Account of plague administration in the Bombay Presidency from September 1896 till May 1897
Year: 1896
Disease focus: Plague
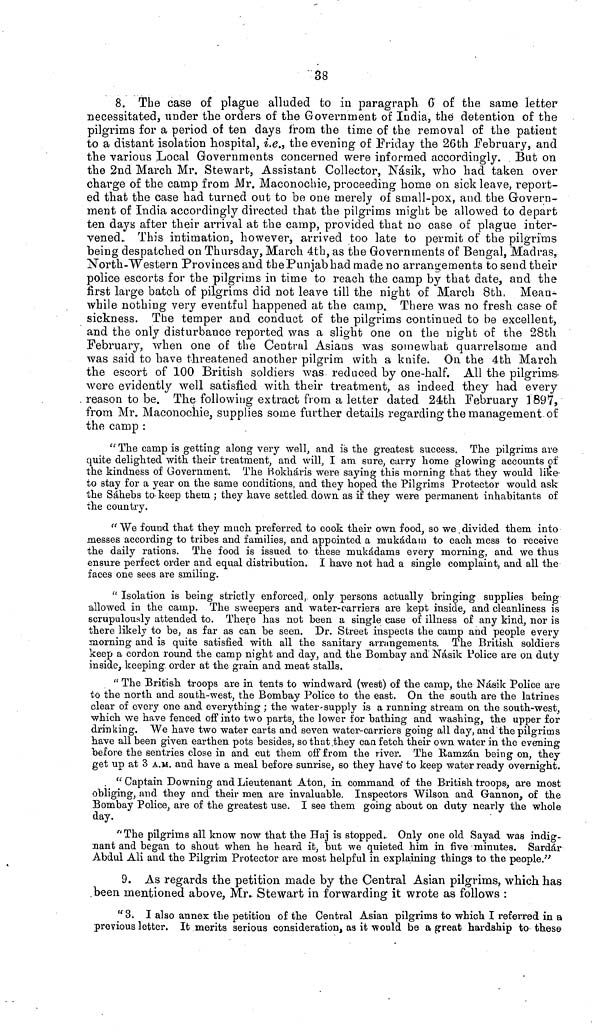
38
8. The case of plague alluded to in paragraph C of the same letter
necessitated, under the orders of the Government of India, the detention of the
pilgrims for a period of ten days from the time of the removal of the patient
to a distant isolation hospital, i.e., the evening of Eriday the 26th February, and
the various Local Governments concerned were informed accordingly. But on
the 2nd March Mr. Stewart, Assistant Collector, Nasik, who had taken over
charge of the camp from Mr. Maconochie, proceeding home on sick leave, report-
ed that the case had turned out to be one merely of small-pox, and. the Govern-
ment of India accordingly directed that the pilgrims might be allowed to depart
ten days after their arrival at the camp, provided that no case of plague inter-
vened. This intimation, however, arrived too late to permit of the pilgrims
being despatched on Thursday, March 4th, as the Governments of Bengal, Madras,
North-Western Provinces and the Pun jab had made no arrangements to send their
police escorts for the pilgrims in time to reach the camp by that date, and the
first large batch of pilgrims did not leave till the night of March 8bh. Mean-
while nothing very eventful happened at the camp. There was no fresh case- of
sickness. The temper and conduct of the pilgrims continued to be excellent,
and the only disturbance reported was a slight one on the night of the 28th
February, when one of the Central Asians was somewhat quarrelsome and
was said to have threatened another pilgrim with a knife. On the 4th March
the escort of 100 British soldiers was reduced by one-half. All the pilgrims
were evidently well satisfied with their treatment, as indeed they had every
reason to be. The following extract from a letter dated 24th February ]897,
from Mr. Maconochie, supplies some further details regarding the management of
the camp :
" The camp is getting along very well, and is the greatest success. The pilgrims are
quite delighted with their treatment, and will, I am sure, carry home glowing accounts of
the kindness of Government. The Bokharis were saying this morning fchat they would like-
to stay for a year on the same conditions, and they hoped the Pilgrims Protector would ask
the Sàhebs to keep them ; they have settled down, as if they were permanent inhabitants of
the country.
α We found that they much preferred to cook their own food, so we.divided them into
messes according to tribes and families, and appointed a mukadam to each mess to receive
the daily rations. The food is issued to these mukàdams every morning, and we thus
ensure perfect order and equal distribution. I have not had a single complaint, and all the
faces one sees are smiling.
" Isolation is being strictly enforced, only persons actually bringing supplies being
allowed in the camp. The sweepers and water-carriers are kept inside, and cleanliness is
scrupulously attended to. There has not been a single case of illness of any kind, nor is
there likely to be, as far as can be seen. Dr. Street inspects the camp and people every
morning and is quite satisfied with all the sanitary arrangements. The British soldiers
keep a cordon round the camp night and day, and the Bombay and Nasik Police are on duty
inside, keeping order at the grain and meat stalls.
" The British troops are in tents to windward (west) of the camp, the Nasik Police are
to the north and south-west, the Bombay Police to the east. On the south are the latrines
clear of every one and everything ; the water supply is a running stream on the south-west,
which we have fenced off into two parts, the lower for bathing and washing, the upper for
drinking. We have two water carts and seven water-carriers going all day, and the pilgrims
have all been given earthen pots besides, so that .they can fetch their own water in the evening
before the sentries close in and cut them off from the river. The Ramzàn being on, they
get up at 3 A.M.. and have a meal before sunrise, so they have* to keep water ready overnight.
. "Captain Downing and Lieutenant Aton, in command of the British troops, are most
obliging, and they and their men are invaluable. Inspectors Wilson and Gannon, of the
Bombay Police, are of the greatest use. I see them going about on duty nearly the whole
day.
"The pilgrims all know now that the Haj is stopped.. Only one old Sayad was indig-
nant and began to shout when he heard it, but we quieted him in five minutes. Sardàr
Abdul AH and the Pilgrim Protector are most helpful in explaining things to the people."
9. As regards the petition made by the Central Asian pilgrims, which has
been mentioned above, Mr. Stewart in forwarding it wrote as follows :
"3. I also annex the petition of the Central Asian pilgrims to which I referred in a
previous letter. It merits serious consideration, as it would be a great hardship to these